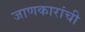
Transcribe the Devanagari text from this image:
जाणकारांची